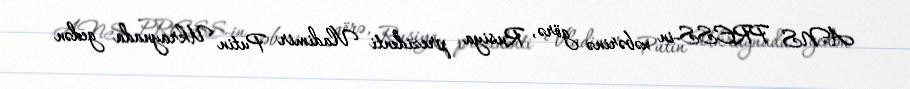
ANS PRESS-in xəbərinə görə, Rusiya prezidenti Vladimir Putin Ukraynada gedən